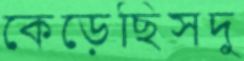
কেড়েছিসদু